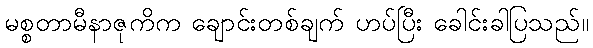
မစ္စတာမီနာဇုကိက ချောင်းတစ်ချက် ဟပ်ပြီး ခေါင်းခါပြသည်။